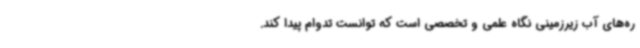
ره‌های آب زیرزمینی نگاه علمی و تخصصی است که توانست تدوام پیدا کند.